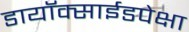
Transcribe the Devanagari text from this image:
डायॉक्साईडपेक्षा